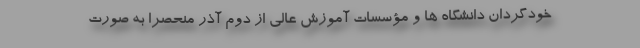
خودگردان دانشگاه ها و مؤسسات آموزش عالی از دوم آذر منحصراً به صورت